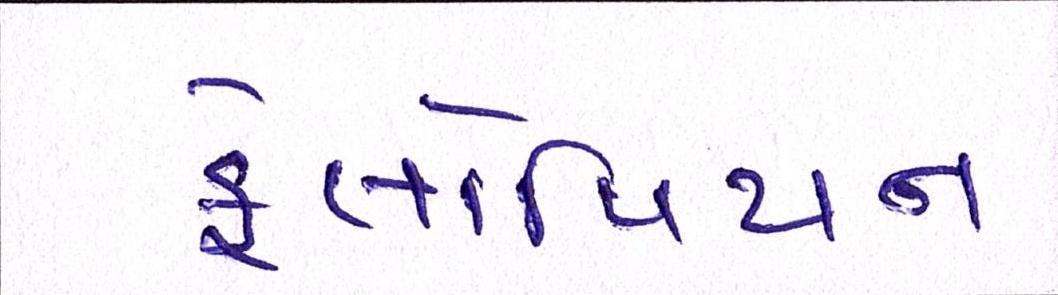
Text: ફેલોપિયન